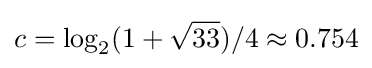
c=\log _{2}(1+{\sqrt {33}})/4\approx 0.754